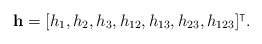
\begin{align*}\mathbf{h}=[h_1,h_2,h_3,h_{12},h_{13},h_{23},h_{123}]^\intercal.\end{align*}